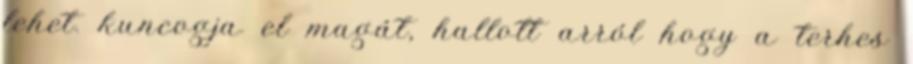
lehet. kuncogja el magát, hallott arról hogy a terhes